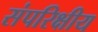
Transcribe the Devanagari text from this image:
संपरिक्षीय